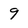
Character: q